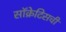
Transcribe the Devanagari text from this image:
सॉक्रेटिसची